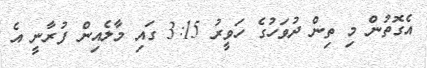
އެގޮތުން މި ތިން ދުވަހުގެ ހަވީރު 3:15 ގައި މާލެއިން ފުރާނީ އެ